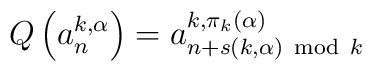
Q\left( a^{k,\alpha}_n\right)=a^{k,\pi_k(\alpha)}_{n+s(k,\alpha){~\rm mod}~k}